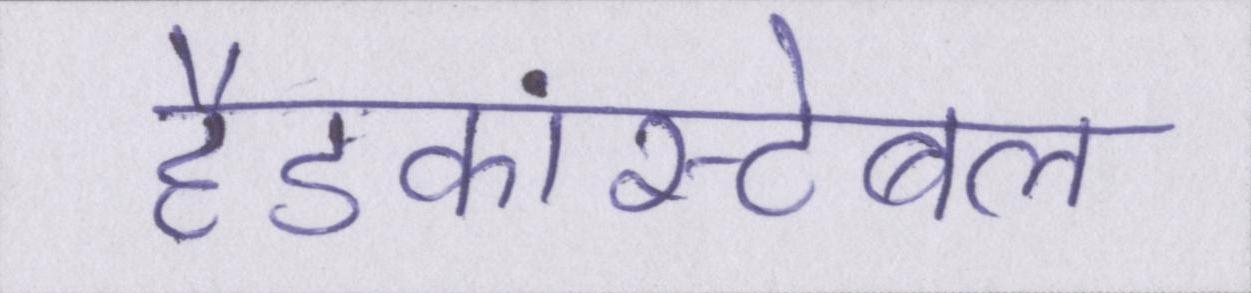
हैडकांस्टेबल